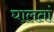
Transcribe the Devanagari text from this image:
घालतां